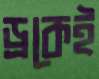
ড্রকেই